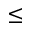
\le